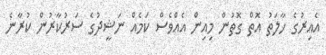
އެއިރުގެ ހާލަތު އޮތް ގޮތުން މިއިން އެއްވެސް ކަމެއް ނަޝީދުގެ ސަރުކާރުން ކުރާނެ